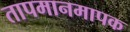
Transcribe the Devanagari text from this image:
तापमानमापक